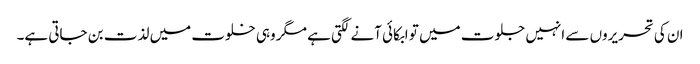
ان کی تحریروں سے انہیں جلوت میں تو ابکائی آنے لگتی ہے مگر وہی خلوت میں لذت بن جاتی ہے۔